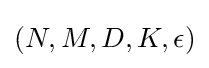
(N,M,D,K,\epsilon )